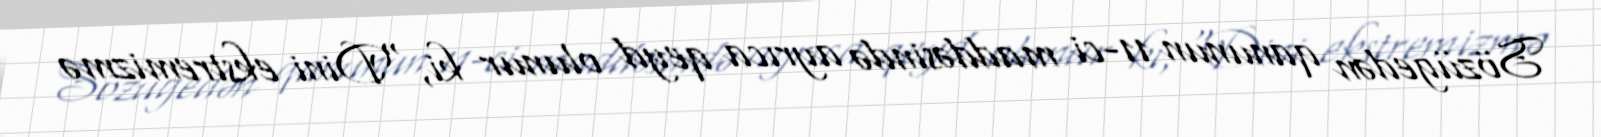
Sözügedən qanunun 11-ci maddəsində ayrıca qeyd olunur ki, “Dini ekstremizmə